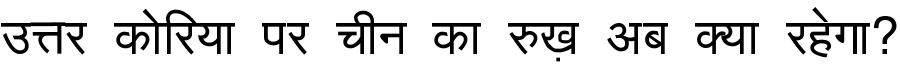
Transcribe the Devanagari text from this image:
उत्तर कोरिया पर चीन का रुख़ अब क्या रहेगा?